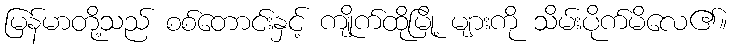
မြန်မာတို့သည် စစ်တောင်းနှင့် ကျိုက်ထိုမြို့ များကို သိမ်းပိုက်မိလေ၏။